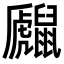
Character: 𪕻